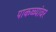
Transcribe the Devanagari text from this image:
पाकळ्यांवर